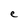
Character: e